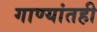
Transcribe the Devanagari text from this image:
गाण्यांतही